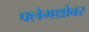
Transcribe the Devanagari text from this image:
फ्लेमथ्रोवर